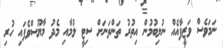
ނަމަވެސް ވަޒީފާއެއް ނުލިބުމުން އިތުރު ތަންތަނަށް ސިޓީ ލުމާއި މެދު މާޔޫސްވެފައި ހުރި